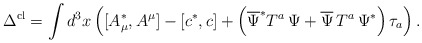
\begin{align*}\Delta ^{{\rm cl}}=\int d^3x\left( [A_\mu ^{*},A^\mu ]-\left[ c^{*},c\right]+\left( \overline{\Psi }^{*}T^a\,\Psi +\overline{\Psi }\,T^a\,\Psi^{*}\right) \tau _a\right) . \end{align*}